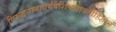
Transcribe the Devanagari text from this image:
विरुद्धनानाधर्मवैशिष्ट्यावगाहिज्ञानं